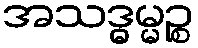
အသဒ္ဓမ္မဉ္စ